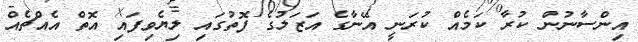
އިންސާނުން ކުރާ ކަމެއް ކުރަނީ އޭނާގެ އަޒަލުގެ ފޮތުގައި ލިޔެވިފައި އޮތް އެއްޗެއް